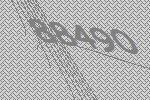
88490